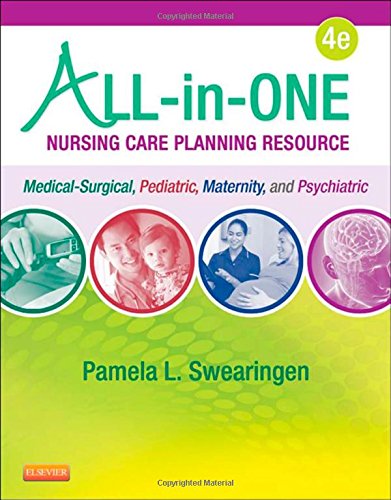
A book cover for All-in-One Nursing Care Planning Resource: Medical-Surgical, Pediatric, Maternity, and Psychiatric-Mental Health, 4e; Pamela L. Swearingen; Medical Books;